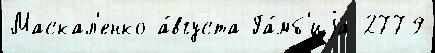
Маскал'енко а́вгуста Га́мб'иjа 2779